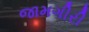
જામગીરી